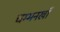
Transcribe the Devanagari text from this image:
चम्मनखाँ